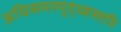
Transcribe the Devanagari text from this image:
अधिसमरमुद्ध्वस्तरि